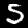
Label: 5